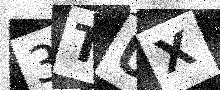
Text: 3TUX